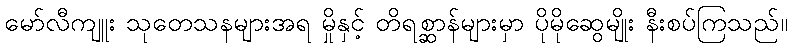
မော်လီကျူး သုတေသနများအရ မှိုနှင့် တိရစ္ဆာန်များမှာ ပိုမိုဆွေမျိုး နီးစပ်ကြသည်။